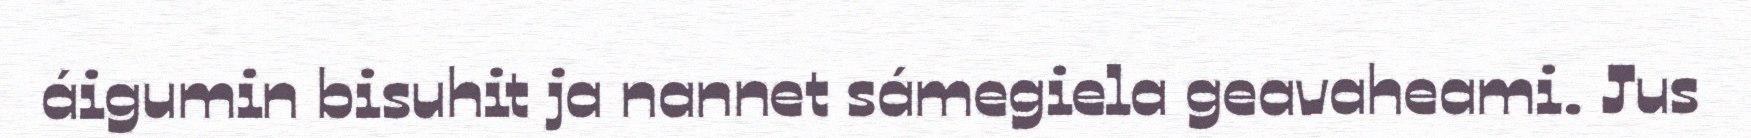
áigumin bisuhit ja nannet sámegiela geavaheami. Jus